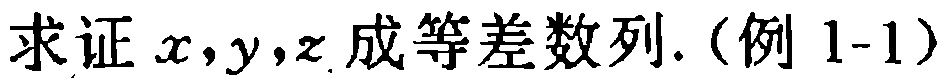
求证 \(x,y,z\) 成等差数列. (例 1-1)